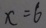
x = 6